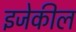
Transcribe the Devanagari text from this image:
इजेकील